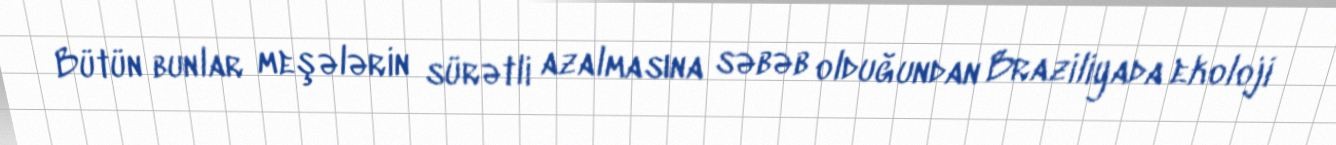
Bütün bunlar meşələrin sürətli azalmasına səbəb olduğundan Braziliyada ekoloji